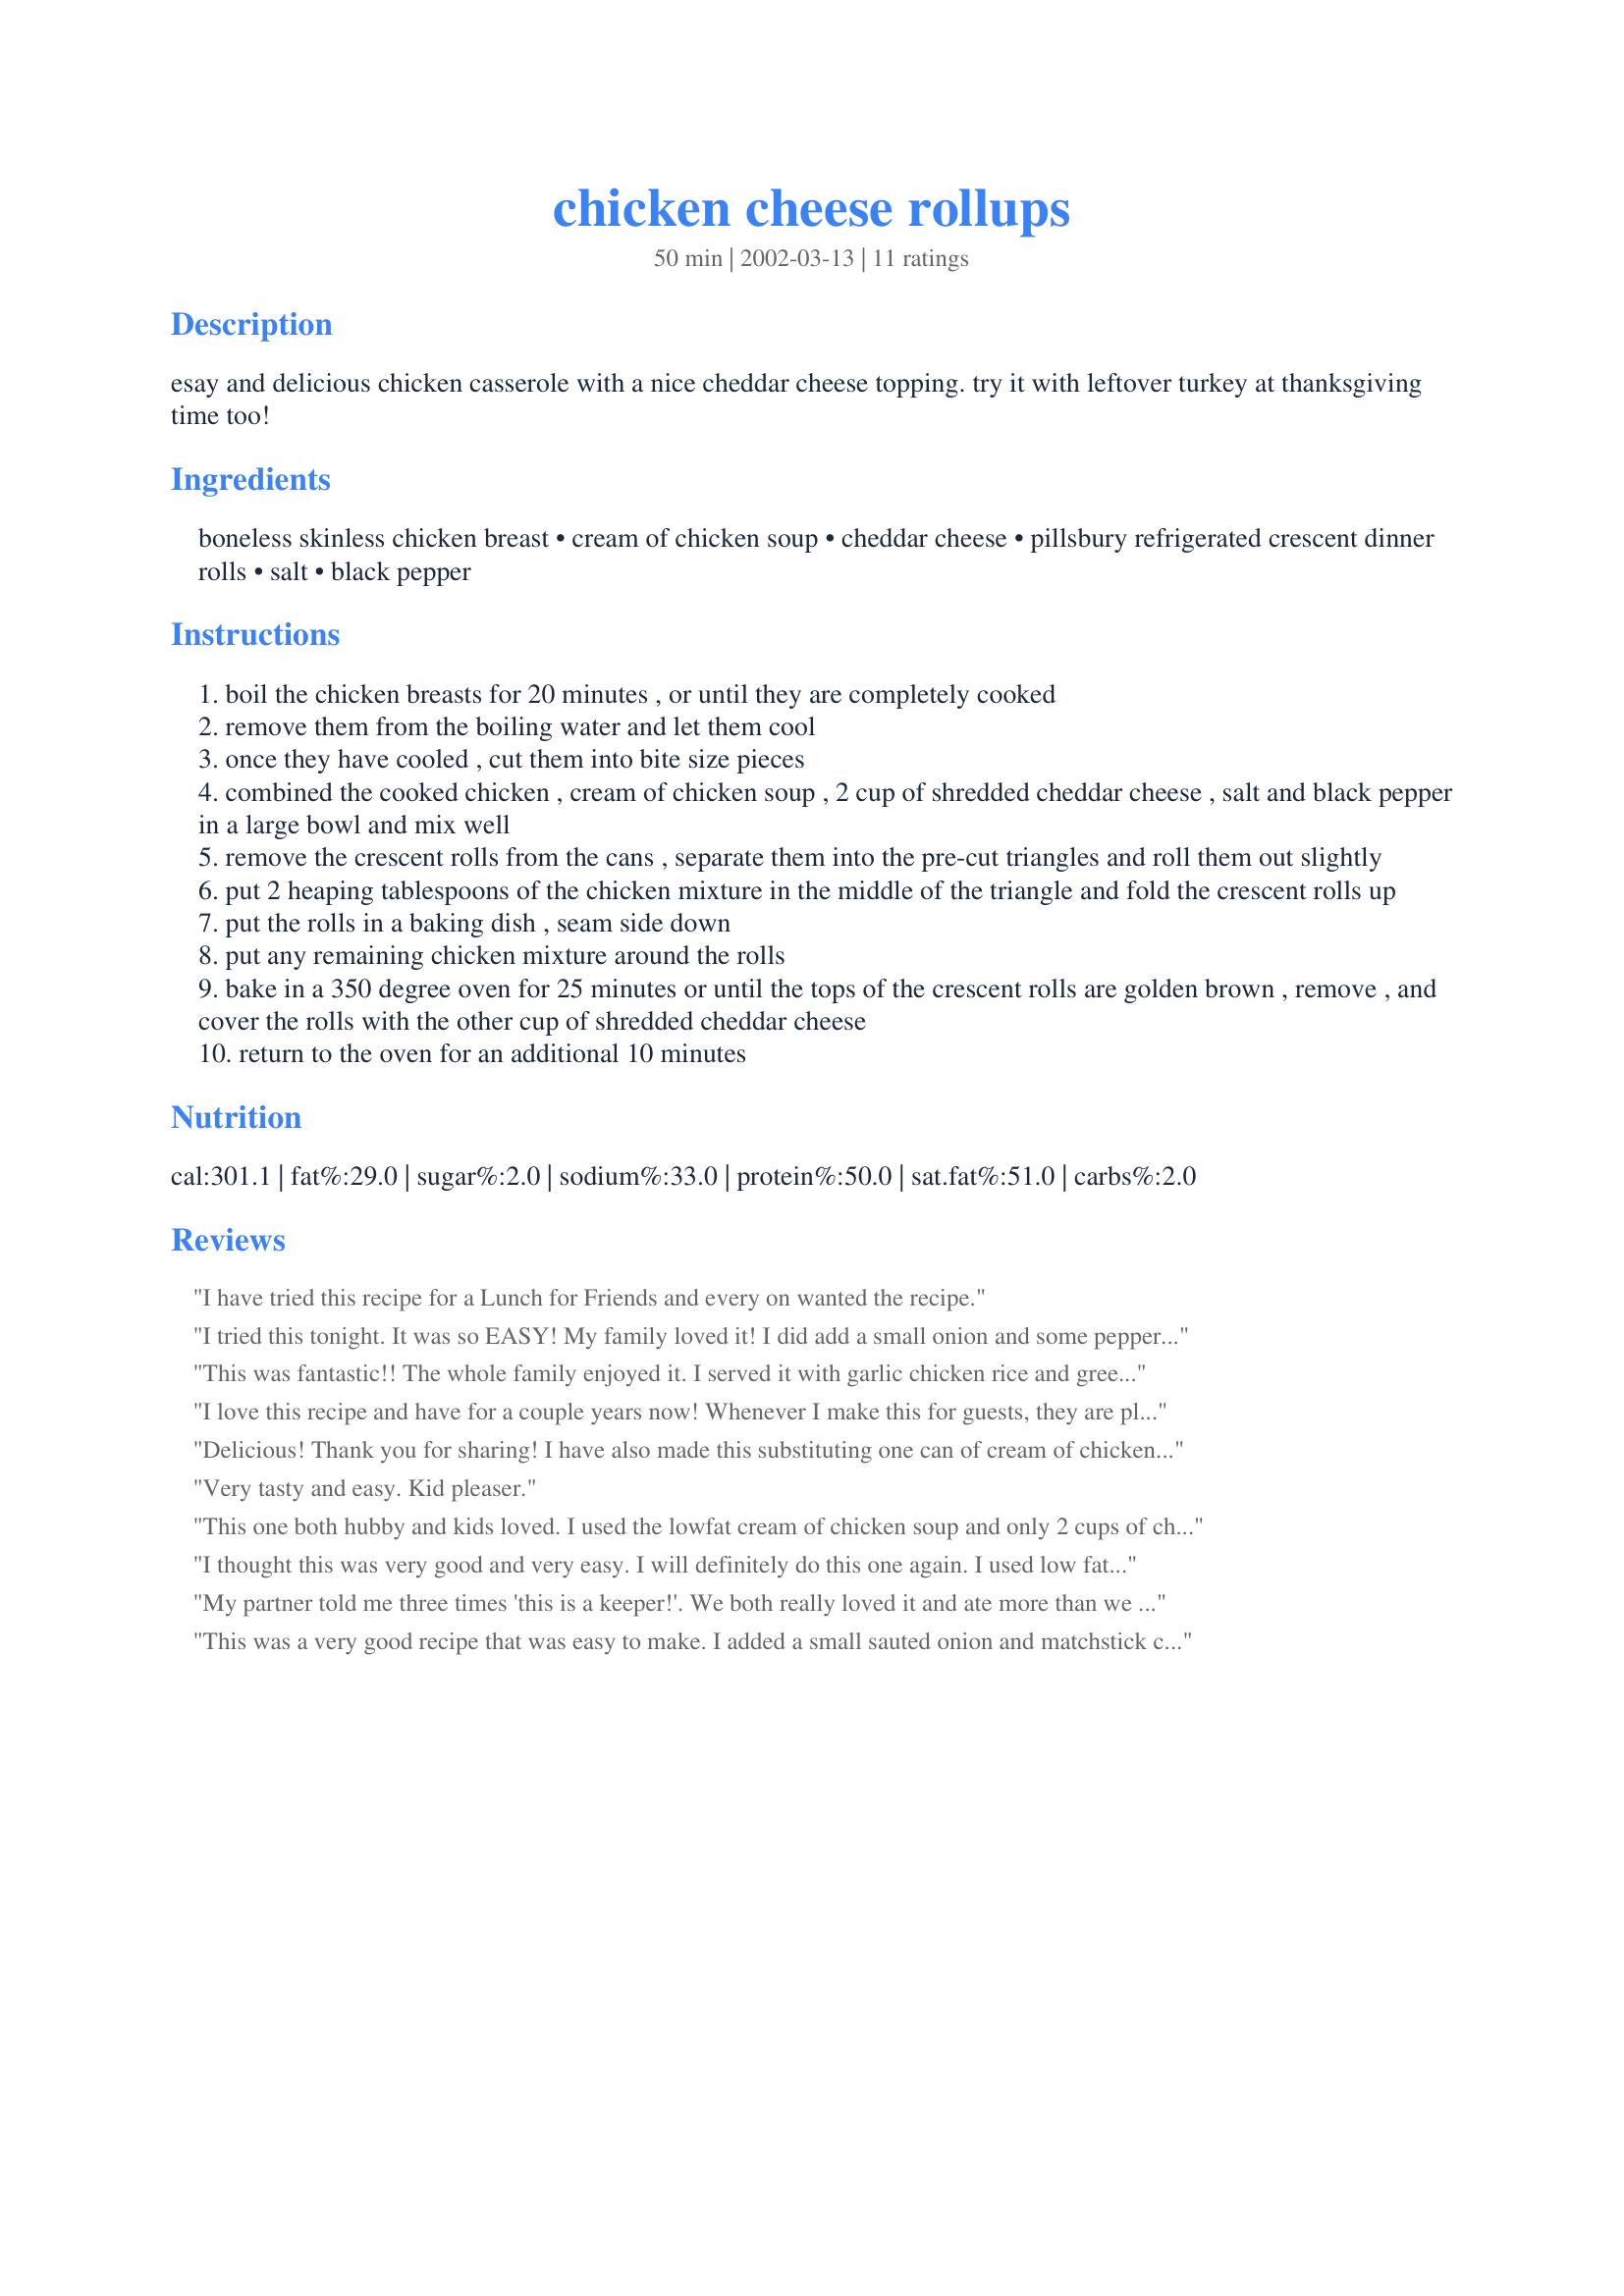
chicken cheese rollups
Preparation time: 50 minutes

esay and delicious chicken casserole with a nice cheddar cheese topping. try it with leftover turkey at thanksgiving time too!

Ingredients:
boneless skinless chicken breast, cream of chicken soup, cheddar cheese, pillsbury refrigerated crescent dinner rolls, salt, black pepper

Steps:
boil the chicken breasts for 20 minutes , or until they are completely cooked
remove them from the boiling water and let them cool
once they have cooled , cut them into bite size pieces
combined the cooked chicken , cream of chicken soup , 2 cup of shredded cheddar cheese , salt and black pepper in a large bowl and mix well
remove the crescent rolls from the cans , separate them into the pre-cut triangles and roll them out slightly
put 2 heaping tablespoons of the chicken mixture in the middle of the triangle and fold the crescent rolls up
put the rolls in a baking dish , seam side down
put any remaining chicken mixture around the rolls
bake in a 350 degree oven for 25 minutes or until the tops of the crescent rolls are golden brown , remove , and cover the rolls with the other cup of shredded cheddar cheese
return to the oven for an additional 10 minutes

Reviews:
I have tried this recipe for a Lunch for Friends and every on wanted the recipe.
I tried this tonight. It was so EASY! My family loved it! I did add a small onion and some pepper. I also used a rotisserie chicken from the grocery store, this made it really easy and fast. I will add this to my list of weeknight regulars!
This was fantastic!! The whole family enjoyed it. I served it with garlic chicken rice and green beans. I snuck a serving into some tupperware for my lunch tomorrow or it would have been all gone!! This is going to be a favorite request around this house.
I love this recipe and have for a couple years now! Whenever I make this for guests, they are pleased and usually ask what is in it, how I made it, and if they can have a copy of the recipe. It is very easy to make and so cheesy and delicious! A favorite in my book!
Delicious!
Thank you for sharing!

I have also made this substituting one can of cream of chicken with one can of cream of celery. Also added garlic-onion salt. It was yummy!
Very tasty and easy. Kid pleaser.
This one both hubby and kids loved. I used the lowfat cream of chicken soup and only 2 cups of cheese.(I used lowfat cheese and reduced fat cresent rolls,too.) Very, VERY good. Everyone wanted seconds! This one's a keeper.Thanks!
I thought this was very good and very easy. I will definitely do this one again. I used low fat cream of chicken soup and I think next time I will use less cheese.
My partner told me three times 'this is a keeper!'. We both really loved it and ate more than we should have.

I did use exactly one pound of fresh boneless skinless chicken breast. I grilled it and cut it up small. I had to modify a lot from there though. I only needed 1 can of cream of chicken soup and 1 cup of shredded cheese. Then about another cup on top of the rolls at the end. That was plenty of cheese.
A great recipe and one we'll be making again.
This was a very good recipe that was easy to make. I added a small sauted onion and matchstick carrots to the recipe along with a can of sliced mushrooms and a brick of cream cheese. In our family anything can be made better with cream cheese, onion and mushrooms!!! The carrots were added in because I had them in the fridge and needed to use them. My husband thought it tasted a lot like a cheesy pot pie and my 4 year old daughter thought that it was very "Yummy in my Tummy". It will definately go down on my 'to-do-again' list. Thanks for such a great recipe!!!
This is similar to one of our family favorites only, better. I added a can of cream of broccoli soup in addition to the two cream of chicken to make a little "gravy". The next time, though, I will reduce the cheese by half. Three cups was a bit much for our tastes. Still, this recipe has replaced the old one in my recipe file!
